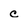
Character: c